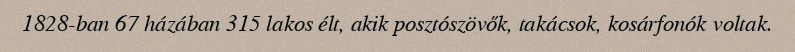
1828-ban 67 házában 315 lakos élt, akik posztószövők, takácsok, kosárfonók voltak.